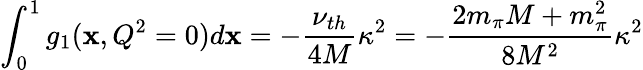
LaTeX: \int_{0}^{1}g_{1}(\mathbf{x},Q^{2}=0)d\mathbf{x}=-\frac{{\nu_{th}}}{{4M}}\kappa^{2}=-\frac{{2m_{\pi}M+m_{\pi}^{2}}}{{8M^{2}}}\kappa^{2}